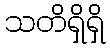
သတိရှိရှိ